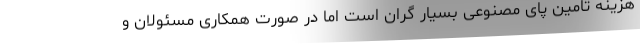
هزینه تامین پای مصنوعی بسیار گران است اما در صورت همکاری مسئولان و